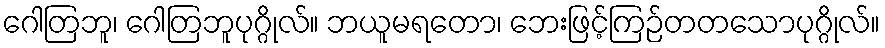
ဂေါတြဘူ၊ ဂေါတြဘူပုဂ္ဂိုလ်။ ဘယူမရတော၊ ဘေးဖြင့်ကြဉ်တတသောပုဂ္ဂိုလ်။